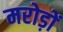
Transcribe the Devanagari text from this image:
मरोड़ों